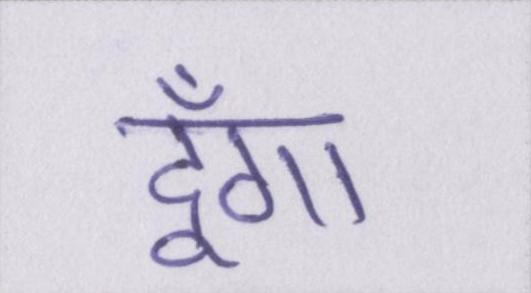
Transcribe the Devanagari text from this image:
दूँगा